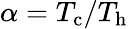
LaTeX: \alpha=T_{\mathrm{c}}/T_{\mathrm{h}}